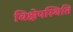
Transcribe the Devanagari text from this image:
विक्षेपस्थिति